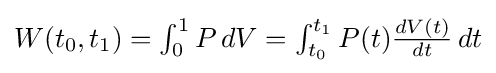
{\textstyle W(t_{0},t_{1})=\int _{0}^{1}P\,dV=\int _{t_{0}}^{t_{1}}P(t){\frac {dV(t)}{dt}}\,dt}